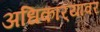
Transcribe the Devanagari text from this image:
अधिकार्‍यावर